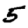
Digit: 5